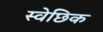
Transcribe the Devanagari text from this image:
स्वेछिक